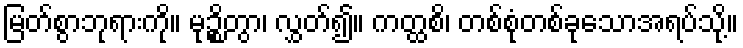
မြတ်စွာဘုရားကို။ မုဉ္စိတွာ၊ လွှတ်၍။ ကတ္ထစိ၊ တစ်စုံတစ်ခုသောအရပ်သို့။